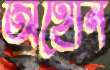
অহোন